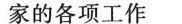
家的各项工作